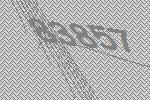
83857